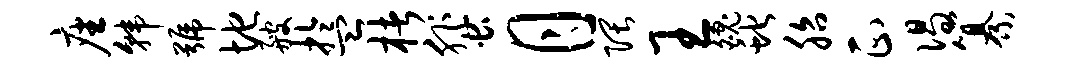
座韩号地艘盂楮蜚月隈王魄蛇胎正偈纂